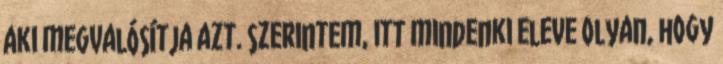
aki megvalósítja azt. szerintem, itt mindenki eleve olyan, hogy